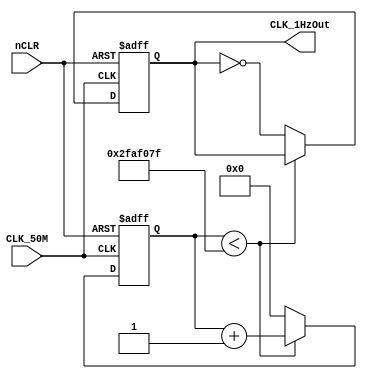
`timescale 1ns / 1ps
//////////////////////////////////////////////////////////////////////////////////
// Company: 
// Engineer: 
// 
// Design Name: 
// Module Name:    Divider50MHz 
// Project Name: 
// Target Devices: 
// Tool versions: 
// Description: 
//
// Dependencies: 
//
// Revision: 
// Revision 0.01 - File Created
// Additional Comments: 
//
//////////////////////////////////////////////////////////////////////////////////
module Divider50MHz(CLK_50M,nCLR,CLK_1HzOut);     //1HZ
     parameter N = 26;
     parameter CLK_Freq = 100000000;
     parameter OUT_Freq = 1;
     input CLK_50M,nCLR;
     output reg CLK_1HzOut;
     reg [N-1:0] Cout_DIV;
	  
     always@(posedge CLK_50M or negedge nCLR)
       begin
       	if(!nCLR) begin
       		CLK_1HzOut <= 0;
       		Cout_DIV <= 0;
       	end
       	else begin
       		if(Cout_DIV < (CLK_Freq/(2*OUT_Freq)-1))
       			Cout_DIV <= Cout_DIV + 1'b1;
       		else begin
       			Cout_DIV <= 0;
       			CLK_1HzOut <= ~CLK_1HzOut;
       		end
       		end
       	end
endmodule